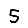
Digit: 5